Indian journal of veterinary science and animal husbandry - Volume 8,
Year: 1938
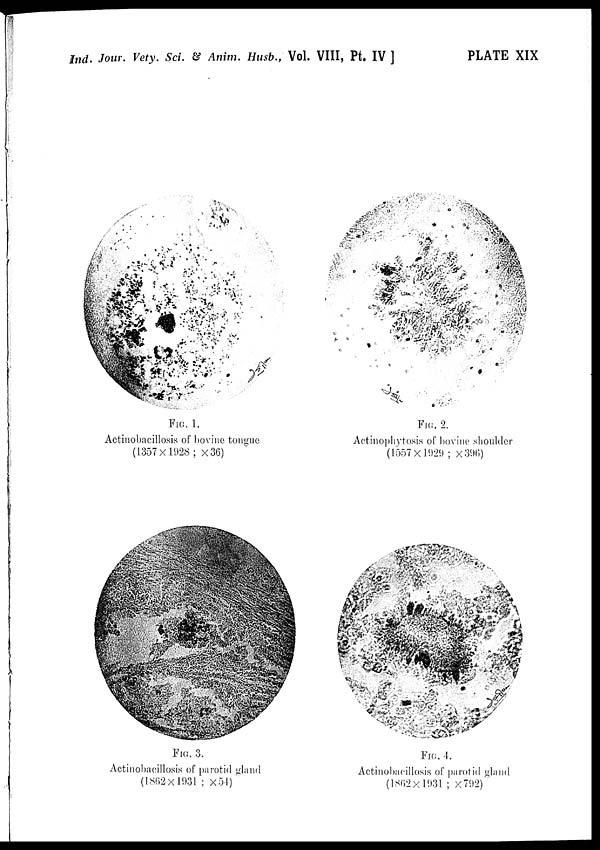
Ind. Jour. Vety. Sci. & Anim. Husb., Vol. VIII, Pt. IV ]
PLATE XIX
FIG. 1.
Actinobacillosis of bovine tongue
(1357×1928; ×36)
FIG. 2.
Actinophytosis of bovine shoulder
(1557×1921) ; × 396)
FIG. 3.
Actinobacillosis of parotid gland
(1862×1931 ; ×54)
FIG. 4.
Actinobacillosis of parotid gland
(1862×1931 ; ×792)